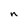
Character: n